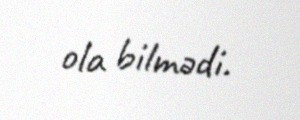
ola bilmədi.